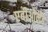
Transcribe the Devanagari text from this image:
एबीओमेड